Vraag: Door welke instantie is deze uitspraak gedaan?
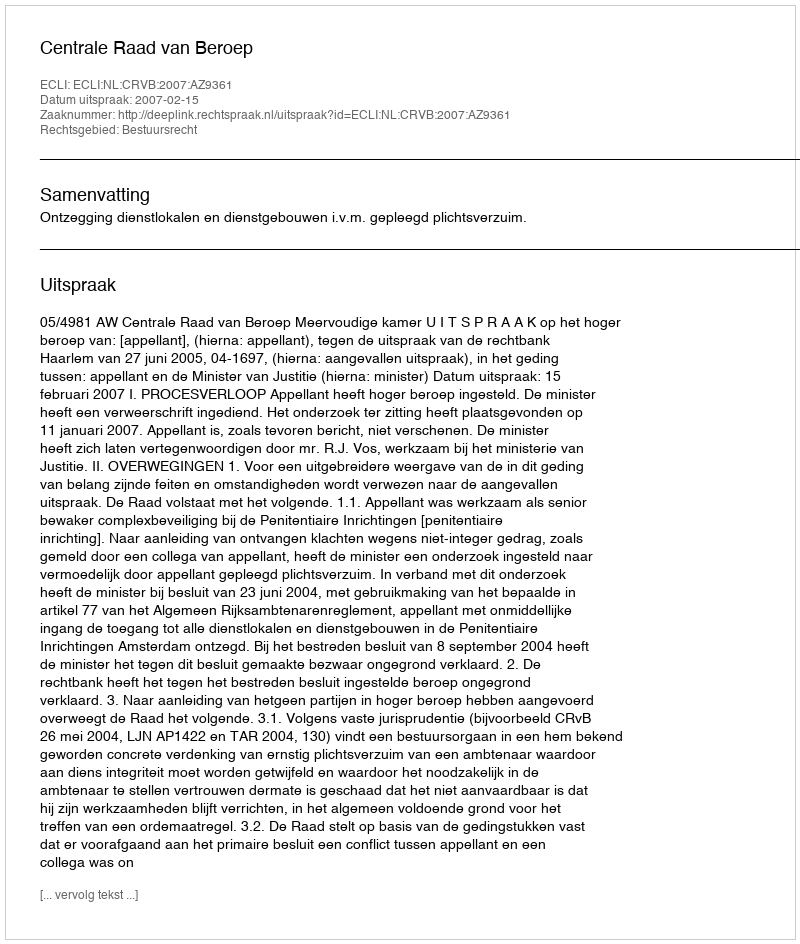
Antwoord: Centrale Raad van Beroep